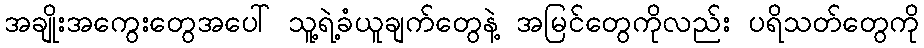
အချိုးအကွေးတွေအပေါ် သူ့ရဲ့ခံယူချက်တွေနဲ့ အမြင်တွေကိုလည်း ပရိသတ်တွေကို